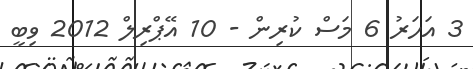
3 އަހަރު 6 މަސް ކުރިން - 10 އޭޕްރިލް 2012 ވިބީ